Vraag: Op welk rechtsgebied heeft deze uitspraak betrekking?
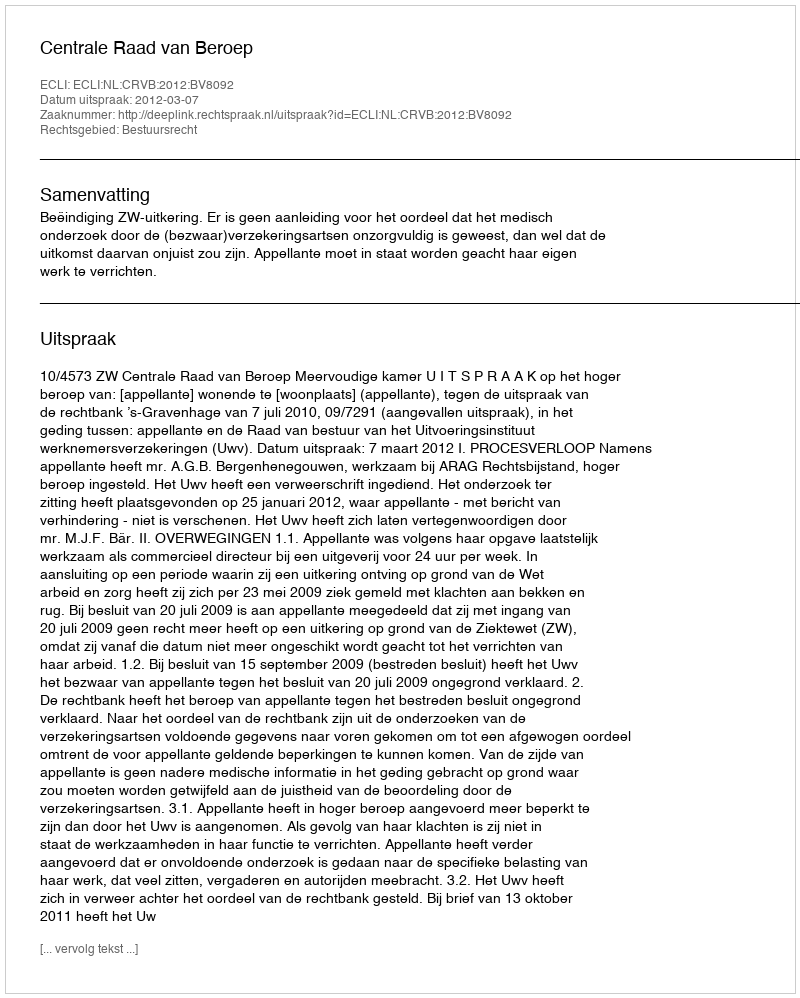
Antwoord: Bestuursrecht